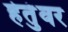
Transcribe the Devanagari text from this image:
हेतुंवर